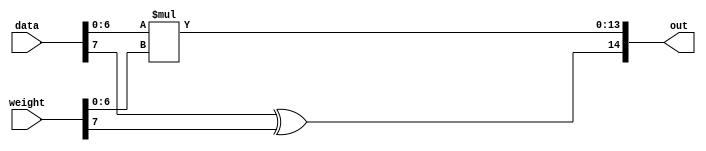
module FixPointMultiplier (
    input   wire    [7:0]   data,
    input   wire    [7:0]   weight,
    output  wire    [14:0]   out
);

assign  out[13:0] = data[6:0] * weight[6:0];

assign  out[14] = data[7] ^ weight[7];

endmodule